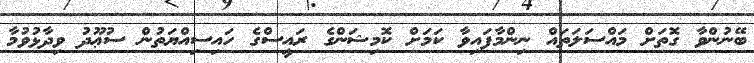
ބޭނުންވާ ގޮތަށް މައްސަލަތައް ނިންމާފައިވާ ކަމަށް ކޮމިޝަންގެ ރައީސްގެ ހައިސިއްޔަތުން ސުޢޫދު ވިދާޅުވުމާ